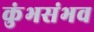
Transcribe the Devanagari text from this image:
कुंभसंभव